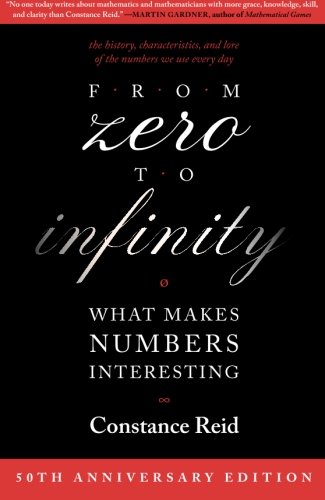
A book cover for From Zero to Infinity: What Makes Numbers Interesting; Constance Reid; Humor & Entertainment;